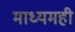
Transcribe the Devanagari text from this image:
माध्यमही